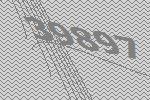
39897